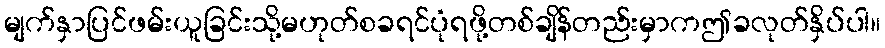
မျက်နှာပြင်ဖမ်းယူခြင်းသို့မဟုတ်စခရင်ပုံရဖို့တစ်ချိန်တည်းမှာကဤခလုတ်နှိပ်ပါ။